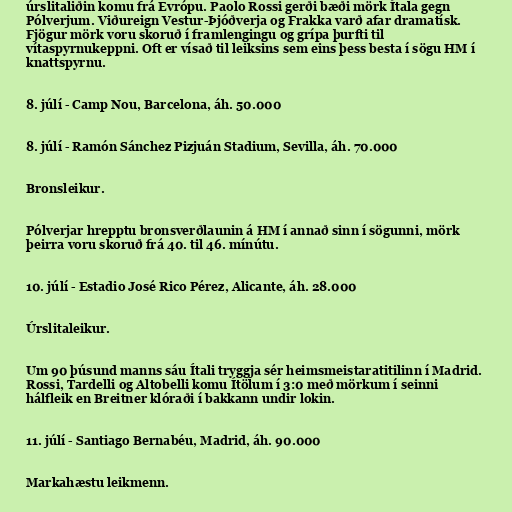
úrslitaliðin komu frá Evrópu. Paolo Rossi gerði bæði mörk Ítala gegn
Pólverjum. Viðureign Vestur-Þjóðverja og Frakka varð afar dramatísk.
Fjögur mörk voru skoruð í framlengingu og grípa þurfti til
vítaspyrnukeppni. Oft er vísað til leiksins sem eins þess besta í sögu HM í
knattspyrnu.

8. júlí - Camp Nou, Barcelona, áh. 50.000

8. júlí - Ramón Sánchez Pizjuán Stadium, Sevilla, áh. 70.000

Bronsleikur.

Pólverjar hrepptu bronsverðlaunin á HM í annað sinn í sögunni, mörk
þeirra voru skoruð frá 40. til 46. mínútu.

10. júlí - Estadio José Rico Pérez, Alicante, áh. 28.000

Úrslitaleikur.

Um 90 þúsund manns sáu Ítali tryggja sér heimsmeistaratitilinn í Madrid.
Rossi, Tardelli og Altobelli komu Ítölum í 3:0 með mörkum í seinni
hálfleik en Breitner klóraði í bakkann undir lokin.

11. júlí - Santiago Bernabéu, Madrid, áh. 90.000

Markahæstu leikmenn.